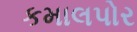
કમાલપોર